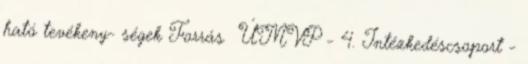
ható tevékeny- ségek Forrás ▪ÚMVP - 4. Intézkedéscsoport -